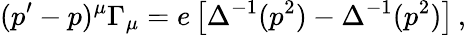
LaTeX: (p^{\prime}-p)^{\mu}\Gamma_{\mu}=e\left[\Delta^{-1}(p^{2})-\Delta^{-1}(p^{2})\right]\, ,